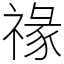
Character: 禒